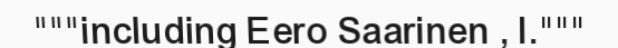
"""including Eero Saarinen , I."""